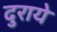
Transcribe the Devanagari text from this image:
दुराये